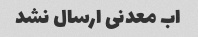
اب معدنی ارسال نشد